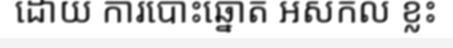
ដោយ ការបោះឆ្នោត អសកល ខ្លះ